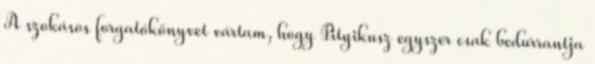
A szokásos forgatókönyvet vártam, hogy Pityikusz egyszer csak bedurrantja